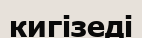
кигізеді